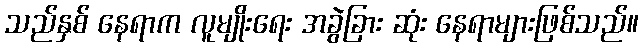
သည်နှစ် နေရာက လူမျိုးရေး အခွဲခြား ဆုံး နေရာများဖြစ်သည်။